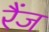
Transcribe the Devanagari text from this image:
रैंज